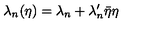
\lambda _ { n } ( \eta ) = \lambda _ { n } + \lambda _ { n } ^ { \prime } \bar { \eta } \eta